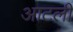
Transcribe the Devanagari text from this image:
आटली